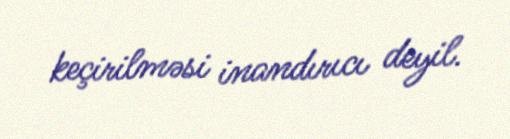
keçirilməsi inandırıcı deyil.